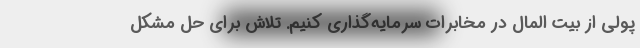
پولی از بیت المال در مخابرات سرمایه‌گذاری کنیم. تلاش برای حل مشکل